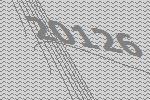
20126